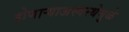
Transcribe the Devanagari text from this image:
होणाऱ्याअस्वस्थेमुळे